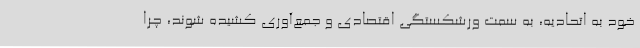
خود به اتحادیه، به سمت ورشکستگی اقتصادی و جمع‌آوری کشیده ‌شوند، چرا